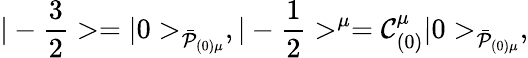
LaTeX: |-{\frac{3}{2}}>=|0>_{{\bar{\cal P}}_{(0)\mu}},|-{\frac{1}{2}}>^{\mu}={\cal C}_{(0)}^{\mu}|0>_{\bar{\cal P}_{(0)\mu}},